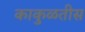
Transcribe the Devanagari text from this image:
काकुळतीस